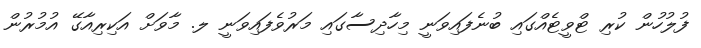
ފުލުހުން ކުރި ޓްވީޓެއްގައި ބުނެފައިވަނީ މިހާދިސާގައި މަރުވެފައިވަނީ ލ. މާވަށް އަކިރިއާގޭ އުމުރުން